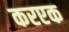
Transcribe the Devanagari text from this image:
करएक